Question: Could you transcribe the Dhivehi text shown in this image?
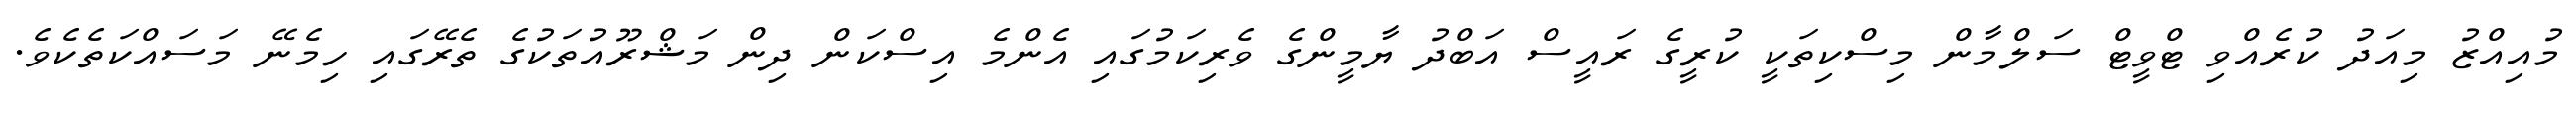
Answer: މުއިއްޒު މިއަދު ކުރެއްވި ޓްވީޓް ސަލްމާން މިސްކިތަކީ ކުރީގެ ރައީސް އަބްދު ޔާމީންގެ ވެރިކަމުގައި އެންމެ އިސްކަން ދިން މަޝްރޫއުތަކުގެ ތެރޭގައި ހިމެނޭ މަސައްކަތެކެވެ.